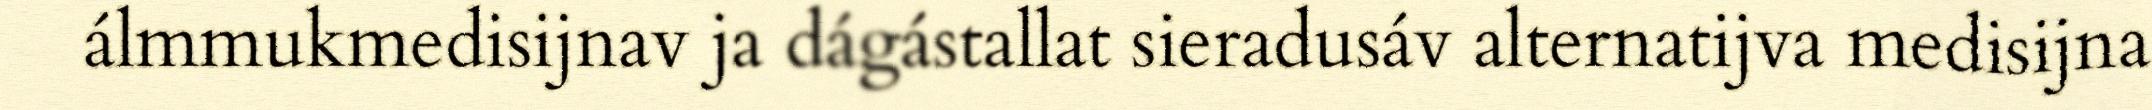
álmmukmedisijnav ja dágástallat sieradusáv alternatijva medisijna